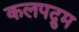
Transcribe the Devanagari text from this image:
कलपद्रुम